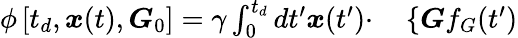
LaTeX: \begin{array}{rl}{\phi\left[t_{d},\boldsymbol{x}(t),\boldsymbol{G}_{0}\right]=\gamma\int_{0}^{t_{d}}dt^{\prime}\boldsymbol{x}(t^{\prime})\cdot}&{{}\left\{ \boldsymbol{G}f_{G}(t^{\prime})\right.}\end{array}